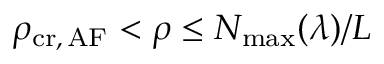
\rho _ { \mathrm { c r , \, A F } } < \rho \le N _ { \mathrm { m a x } } ( \lambda ) / L